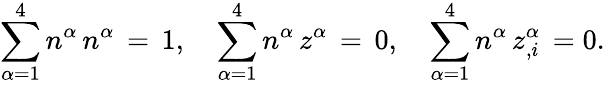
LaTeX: \sum_{\alpha=1}^{4}n^{\alpha}\, n^{\alpha}\, =\, 1,\quad\sum_{\alpha=1}^{4}n^{\alpha}\, z^{\alpha}\, =\, 0,\quad\sum_{\alpha=1}^{4}n^{\alpha}\, z_{,i}^{\alpha}\, =0.